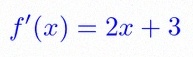
f'(x)=2x+3